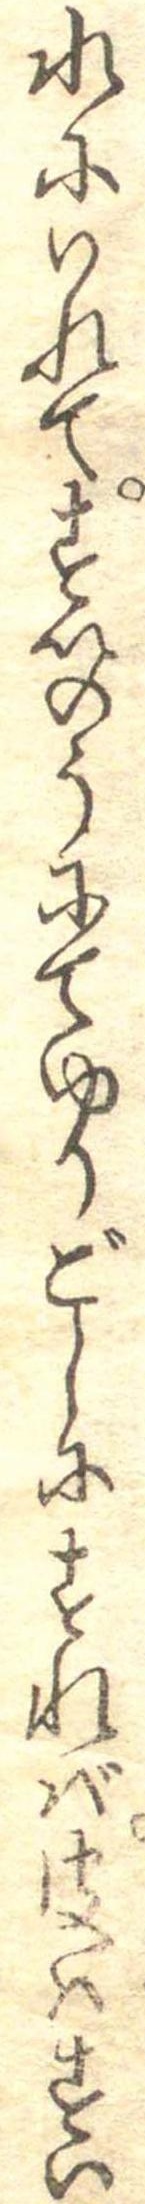
水にいれてすいのうにてゆりごしにすれば皮はすい